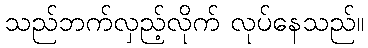
သည်ဘက်လှည့်လိုက် လုပ်နေသည်။